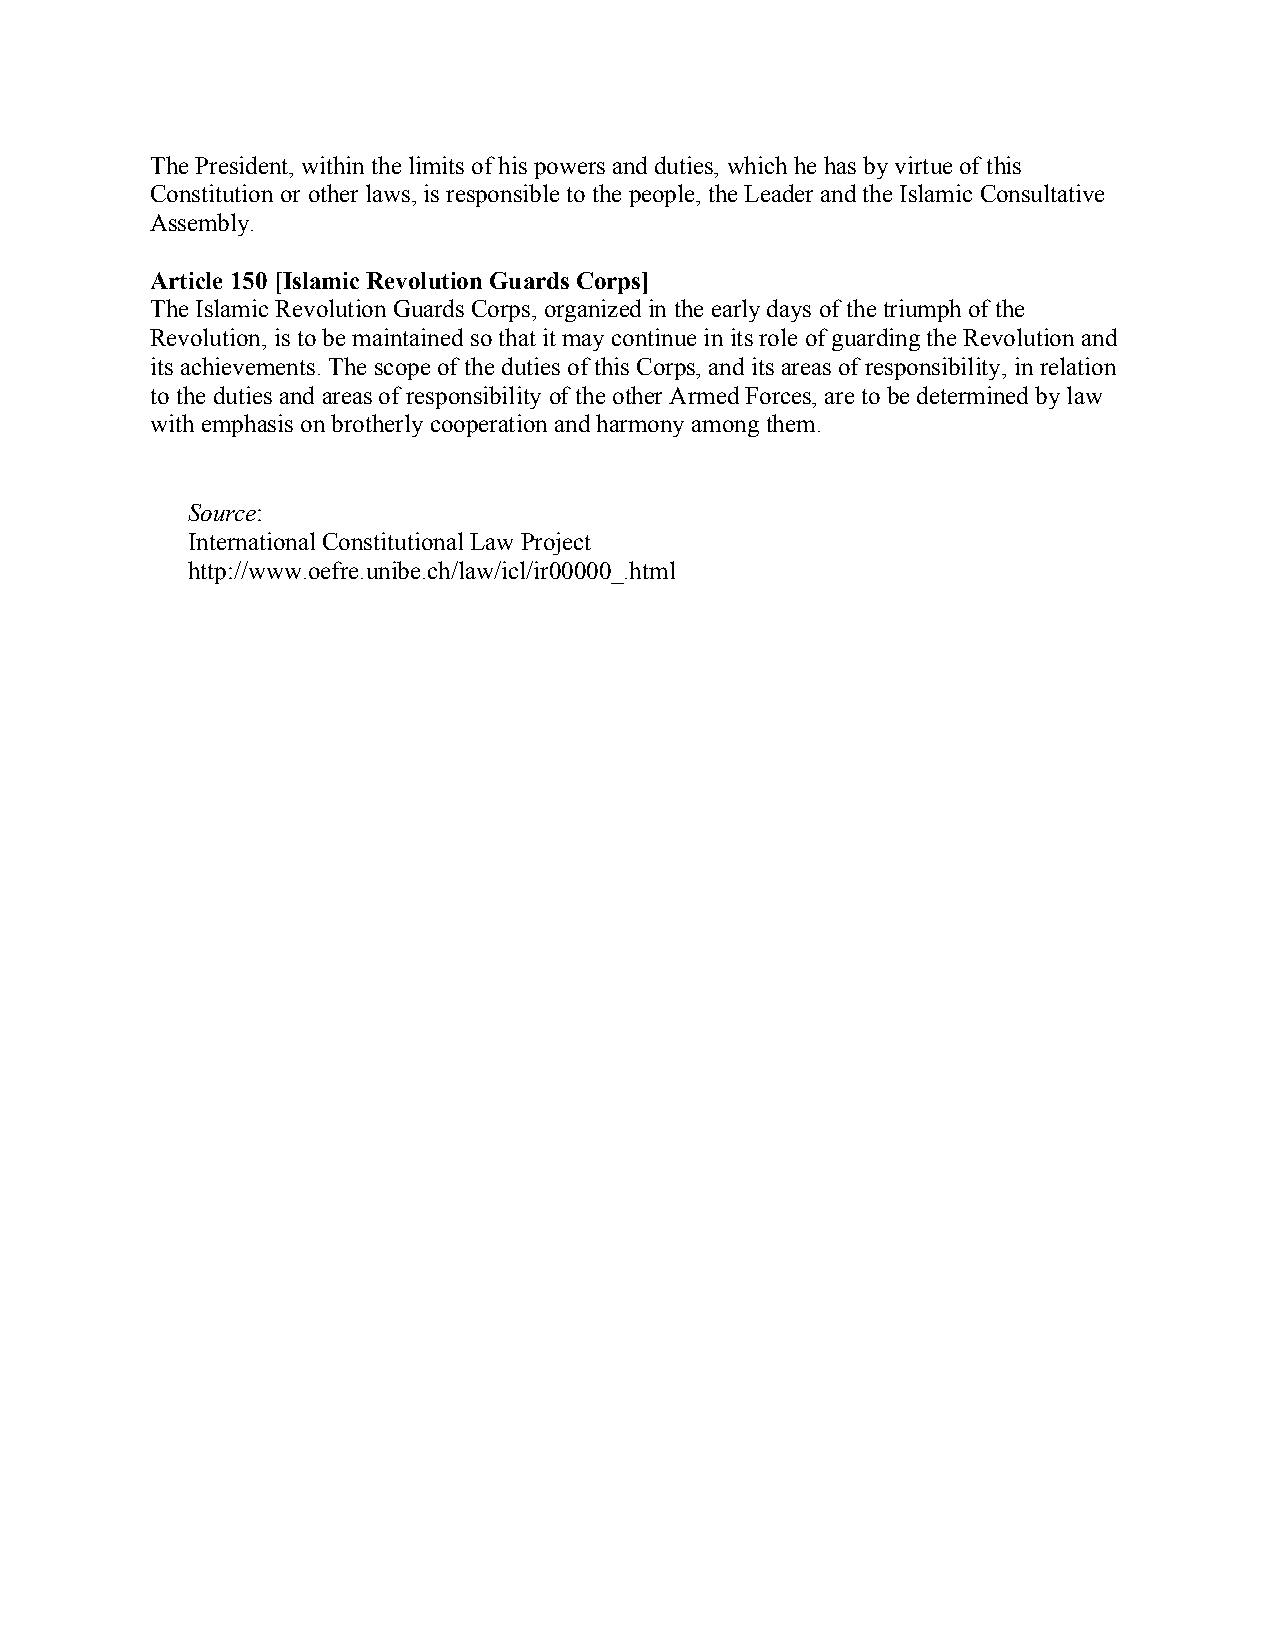
The President, within the limits of his powers and duties, which he has by virtue of this
 Constitution or other laws, is responsible to the people, the Leader and the Islamic Consultative
 Assembly.
 Article 150 [Islamic Revolution Guards Corps]
 The Islamic Revolution Guards Corps, organized in the early days of the triumph of the
 Revolution, is to be maintained so that it may continue in its role of guarding the Revolution and
 its achievements. The scope of the duties of this Corps, and its areas of responsibility, in relation
 to the duties and areas of responsibility of the other Armed Forces, are to be determined by law
 with emphasis on brotherly cooperation and harmony among them.
 Source:
 International Constitutional Law Project
 http://www.oefre.unibe.ch/law/icl/ir00000_.html